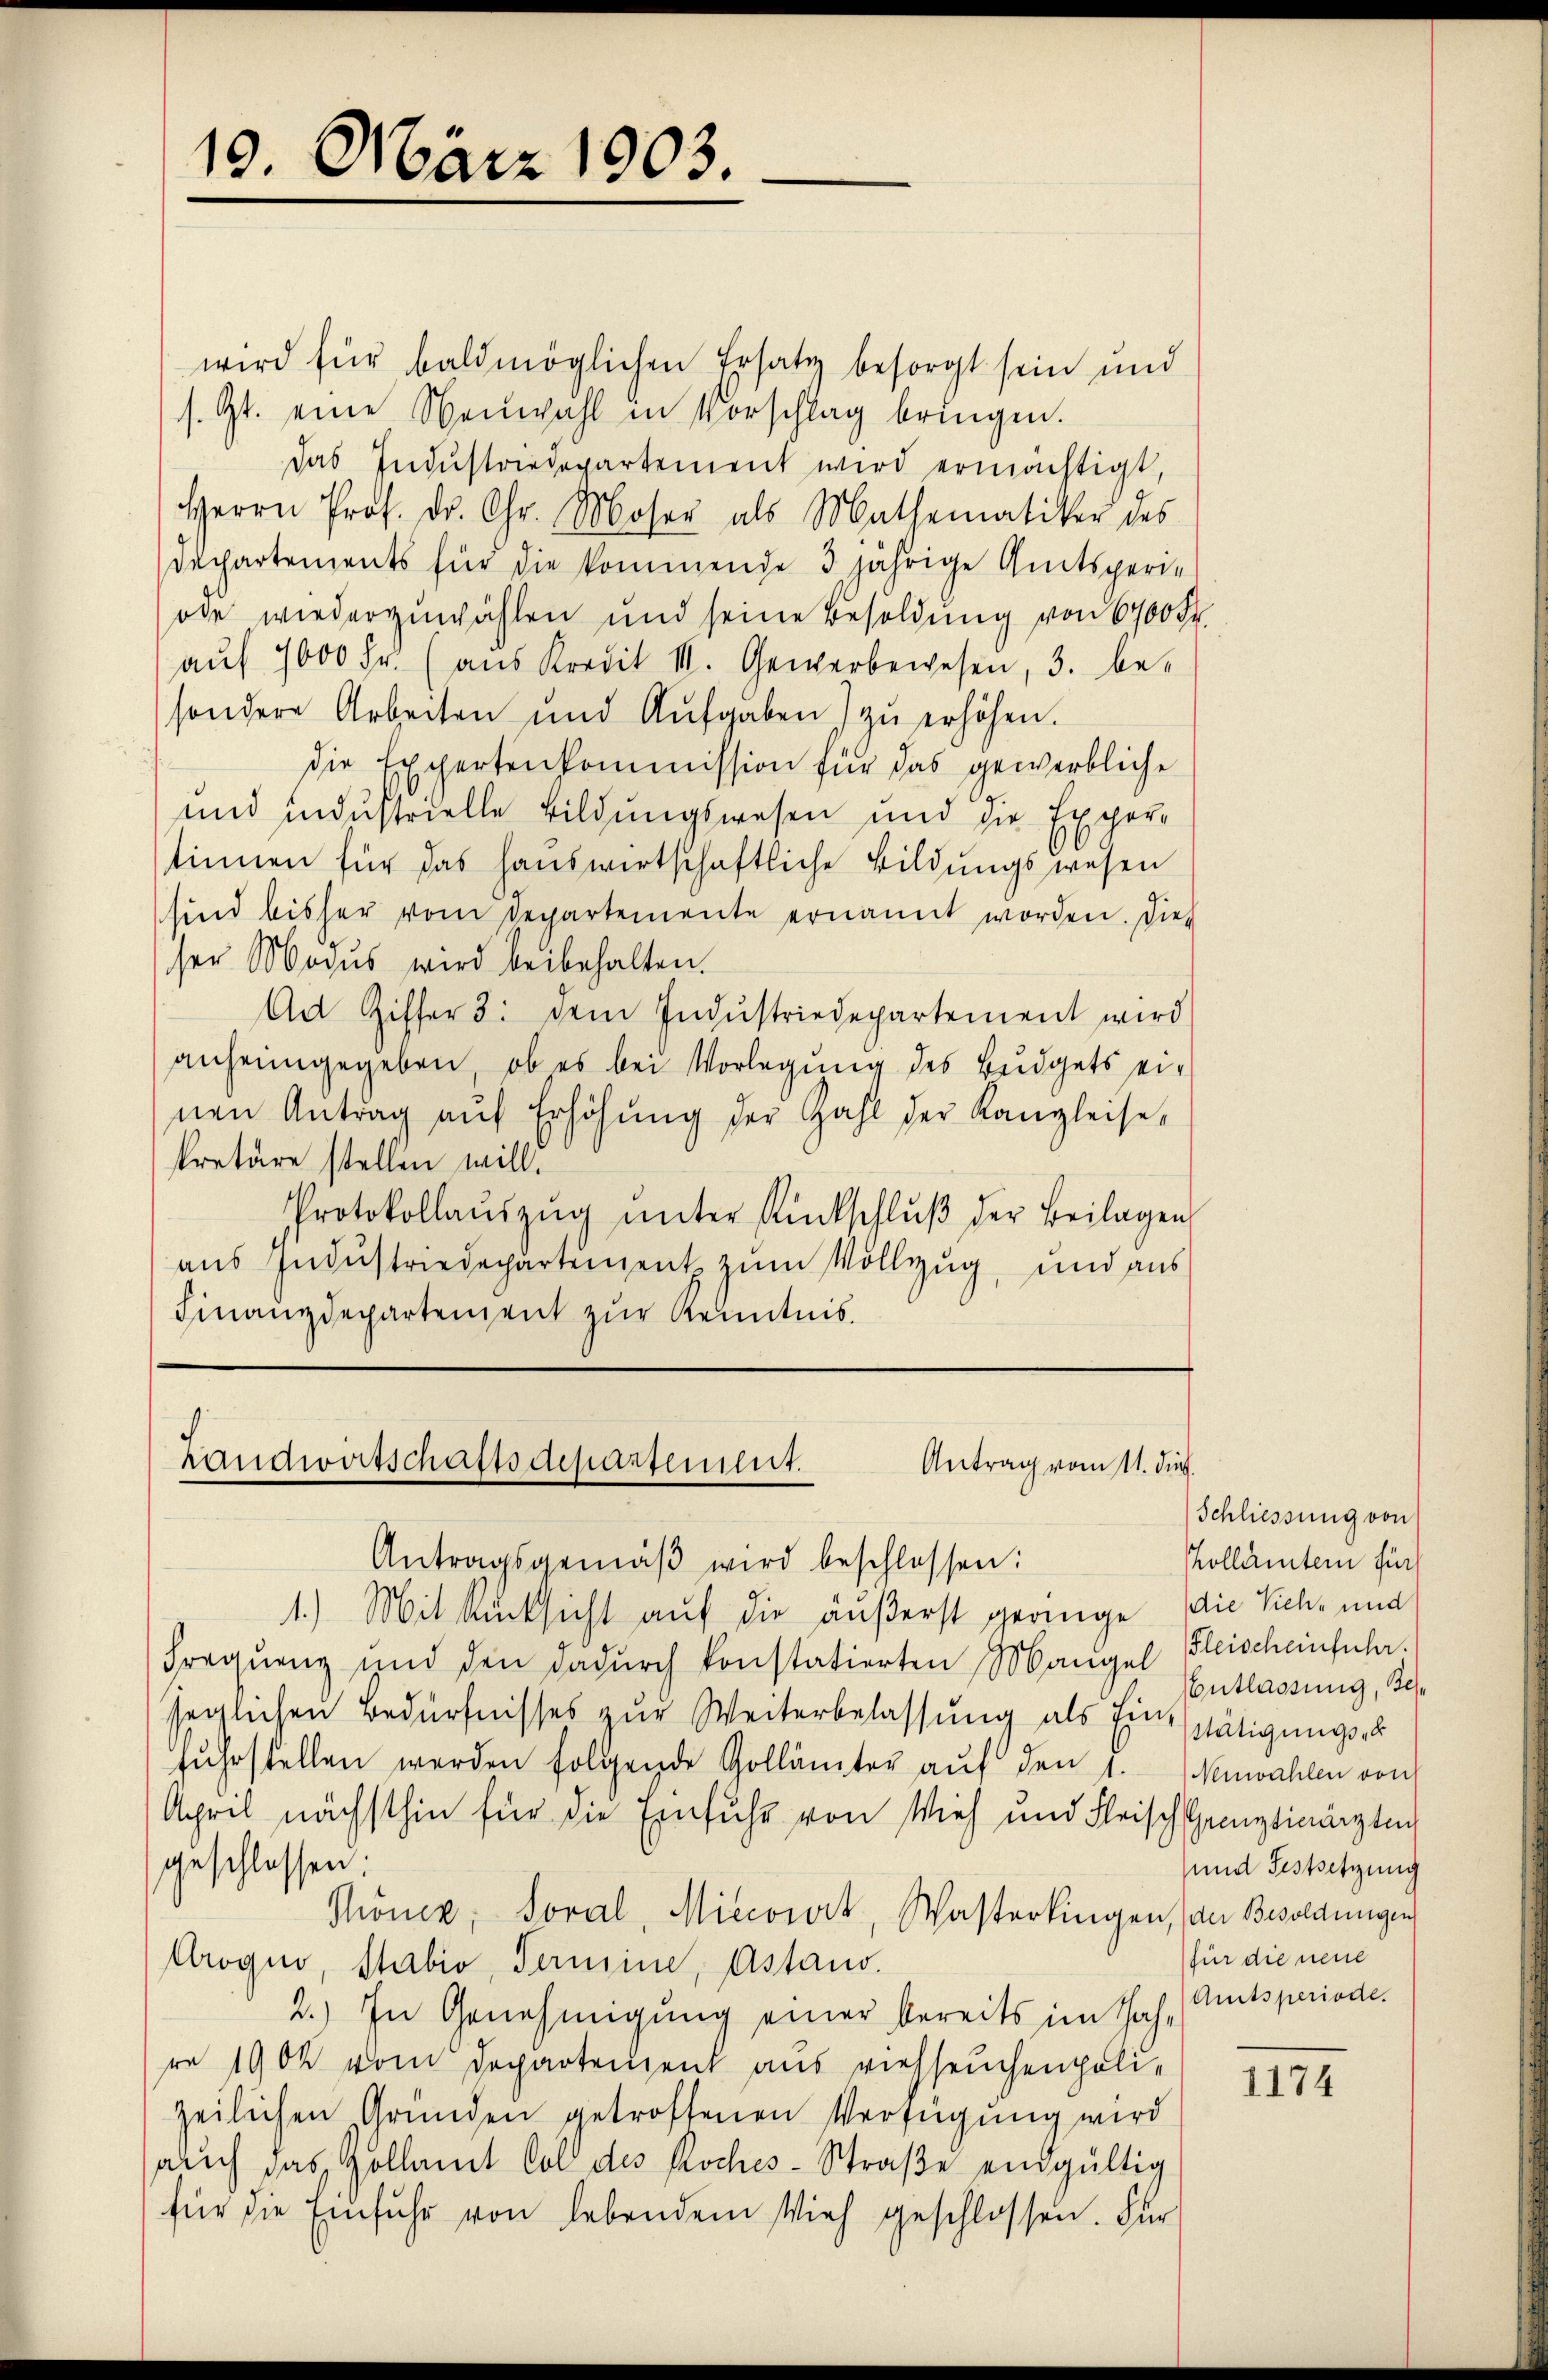
19. März 1903.

wird für baldmöglichen Ersatz besorgt sein und
s. Zt. eine Neuwahl in Vorschlag bringen.
das Indŭstriedepartement wird ermächtigt,
Herrn Prof. Dr. Chr. Moser als Mathematiker des
Dechartements für die kommende 3 jährige Amtsperiode wiederzuwählen und seine Besoldung von 6700 Fr.
aŭf 1000 Fr. (aus Kredit III. Gewerbewesen, 3. be-
sondere Arbeiten und Aufgaben zŭ erhöhen.
die Expertenkommission für das gewerbliche
und industrielle Bildungswesen und die Expertinnen für das Hauswirtschaftliche Bildungswesen
sind bisher vom Departemente ernannt worden. Dies
ser Modus wird beibehalten.
Ad Giffer 3. dem Indŭstriedepartement wird
anheimgegeben, ob es bei Vorlegung des Beidgets einen Antrag auf Erhöhung der Zahl der Kanzleise,
kretäre stellen will.
Protokollaŭszŭg ŭnter Rückschlŭβ der Beilagen
aŭs Indŭstriedepartement zum Vollzug, und aus
Finanzdepartement zur Kenntnis.

Landwirtschaftsdepartement.
Antrag vom 11. die
Antragsgemäβ wird beschlossen:

1.) Mit Rücksicht auf die äußerst geringe
Frequenz und den dadurch konstatierten Mangel Fleischeinfuhr.
saglichen Bedürfnisses zur Weiterbelassung als Einstätigungs-
fuhrstellen werden folgende Gollämter auf den
April nächsthin für die Einfuhr von Vieh und Fleisch samptinärzte
geschlossen:
Thöner, Soral, Miccowork, Wasterkingen, an Besoldungen
Arogno, Stabio, Termine, Astand.
2.) In Genehmigung einer bereits im Sah-
re 1900 vom Departement aus viehseuchenpolizeilichen Gründen getroffenen Verfügung wird
auch das Hollamt Sol des Roches-Straße eingültig
für die Einfuhr von lebendem Vieh geschlossen. Für

Schliessung von
Kollamten für
die Vieh- und
Entlassung, Kese
Neuwahlen von
und Festsetzung
für die neue
Amtsperiode.

1174